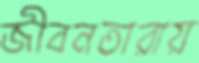
জীবনতারায়